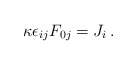
\begin{align*}\kappa \epsilon_{ij}F_{0j}= J_i\,. \end{align*}